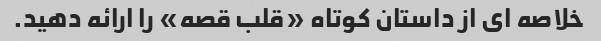
خلاصه ای از داستان کوتاه «قلب قصه» را ارائه دهید.